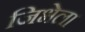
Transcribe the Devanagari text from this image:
जिभेला